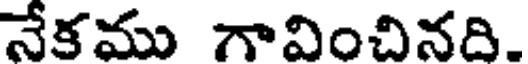
నేకము గావించినది.